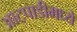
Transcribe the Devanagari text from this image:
आटपाडीमध्ये